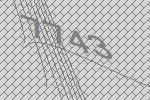
7743